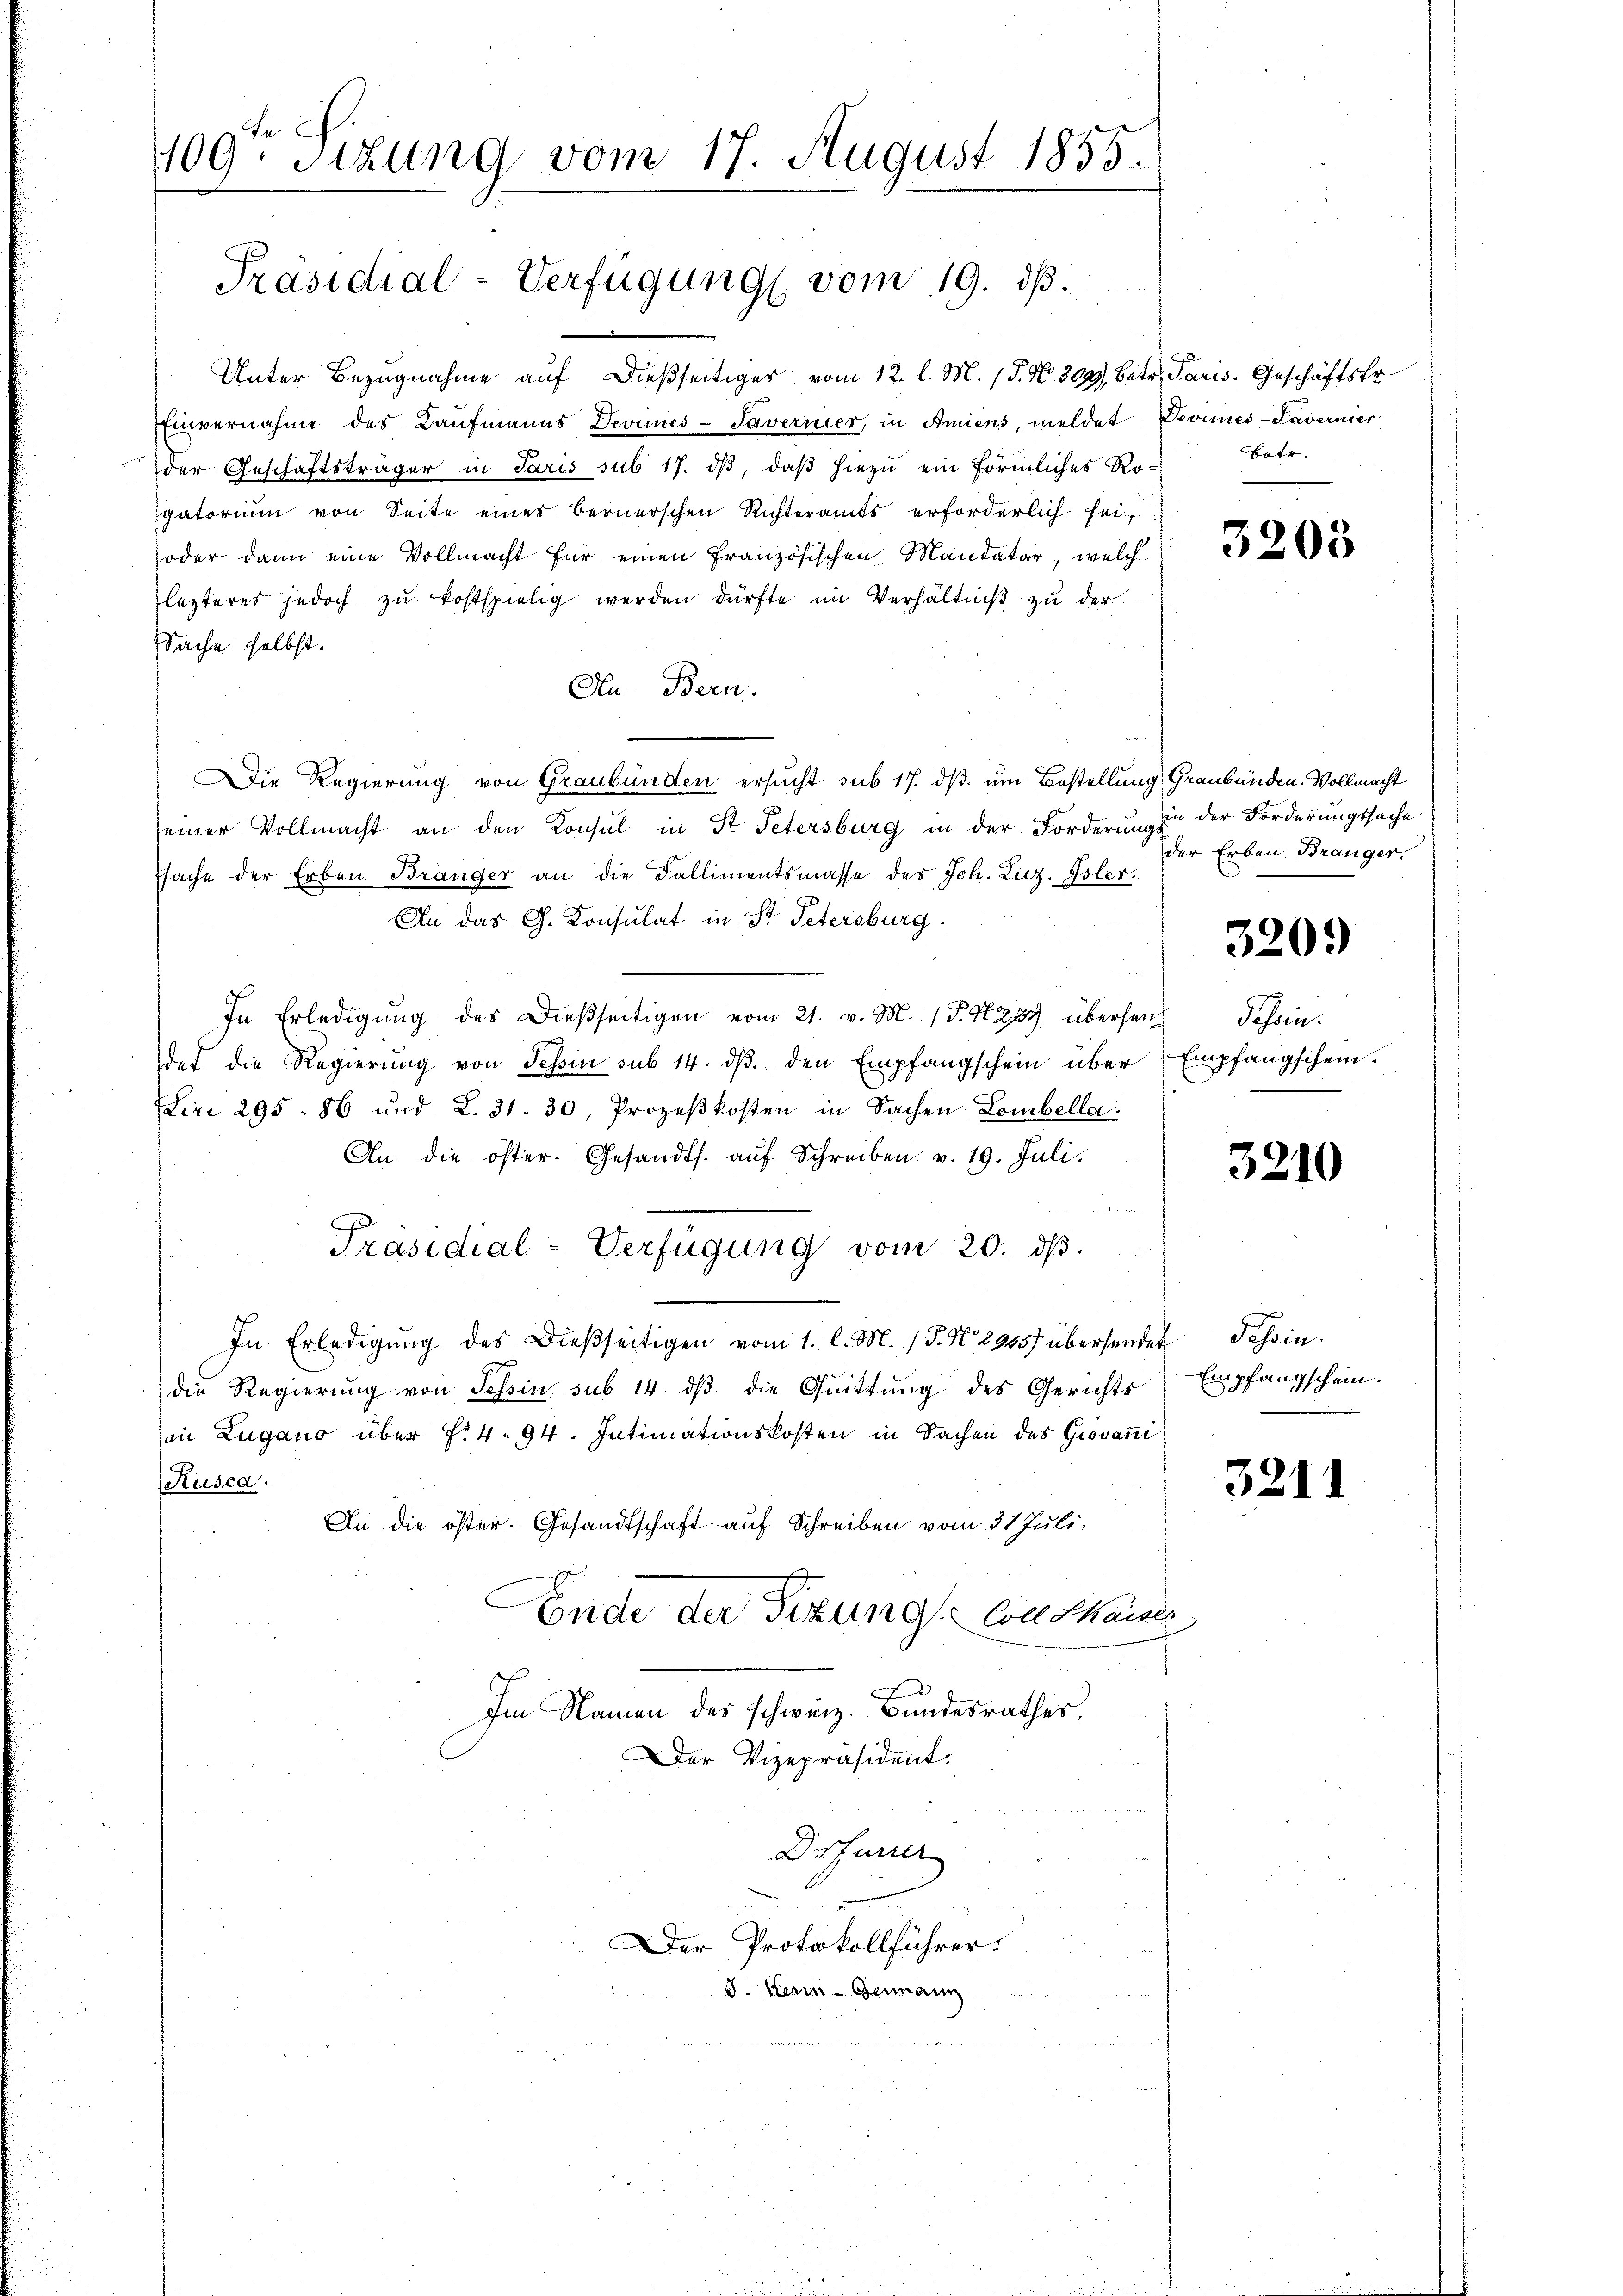
Unter Bezugnahme auf dießseitiger vom 12. l. M. 15. No. 304, betr. Paris, Geschäftstr
Einvernahme des Baufmanns Deonnes-Saverner, in Amiens, meldet Devimes-Favernier
der Geschäftsträger in Paris sub 17. dβ, daß hiezu ein förmliches Ro-
gatorium von Seite eines Bernerschen Richteramts erforderlich sei,
oder dann eine Vollmacht für einen Französischen Mandatar, welche
lezteres jedoch zŭ kostspielig werden dürfte im Verhältniß zu der
Sache selbst.
An Bern.
Die Regierung von Graubünden ersucht sub 17. ds um Bestellung Graubünden. Vollmacht
seiner Vollmacht an den Konsul in St. Petersburg in der Forderŭngs-
sache der Erben Bränger an die Fallimentsmasse des Joh. Luz. Isler.
An das G. Konsulat in St. Petersburg
In Erledigŭng des dießseitigen vom 21. v. M. (S. 277 übersen Scheindet die Regierung von Tessin sub 14. dβ. den Empfangschein über
Lire 295. 86 und L. 31. 30, Prozeβkosten in Sachen Lombella:
An die öster. Gesandts. aŭf Schreiben v. 19. Juli.
Präsidial-Verfügung vom 20. dβ.
In Erledigŭng des dießseitigen vom 1. l. M. P. N. 2905) übersendet Schein
die Regierung von Tessin sub 14. dβ die Quittung des Gerichts
in Zugano über f. 4. 94. Intimationskosten in Sachen des Giovani
Rusca.
An die öster. Gesandtschaft auf Schreiben vom 31 Juli.
Ende der Sizung soll thauses

Fe
109. Sizung vom 17. August 1855.

Präsidial-Verfügung vom 19. ds.

Im Namen des schweiz. Bundesrathes,
Der Vizepräsident.
Drfurrer
Der Protokollführer.
J. Hein-Germann

Batr.

3203

in der Forderungssache
der Erben Bränger.

3200

Empfangschein.

3210

Empfangschein.

3211